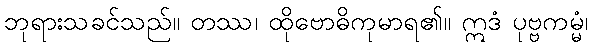
ဘုရားသခင်သည်။ တဿ၊ ထိုဗောဓိကုမာရ၏။ ဣဒံ ပုဗ္ဗကမ္မံ၊